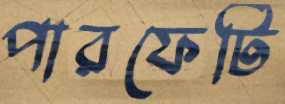
পারফেটি